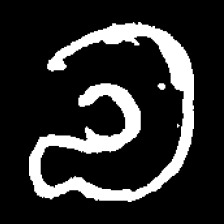
Pyu character \u2014 Myanmar letter: လ (romanized: la)